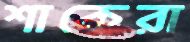
শাকেরা